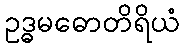
ဥဒ္ဓမဓောတိရိယံ